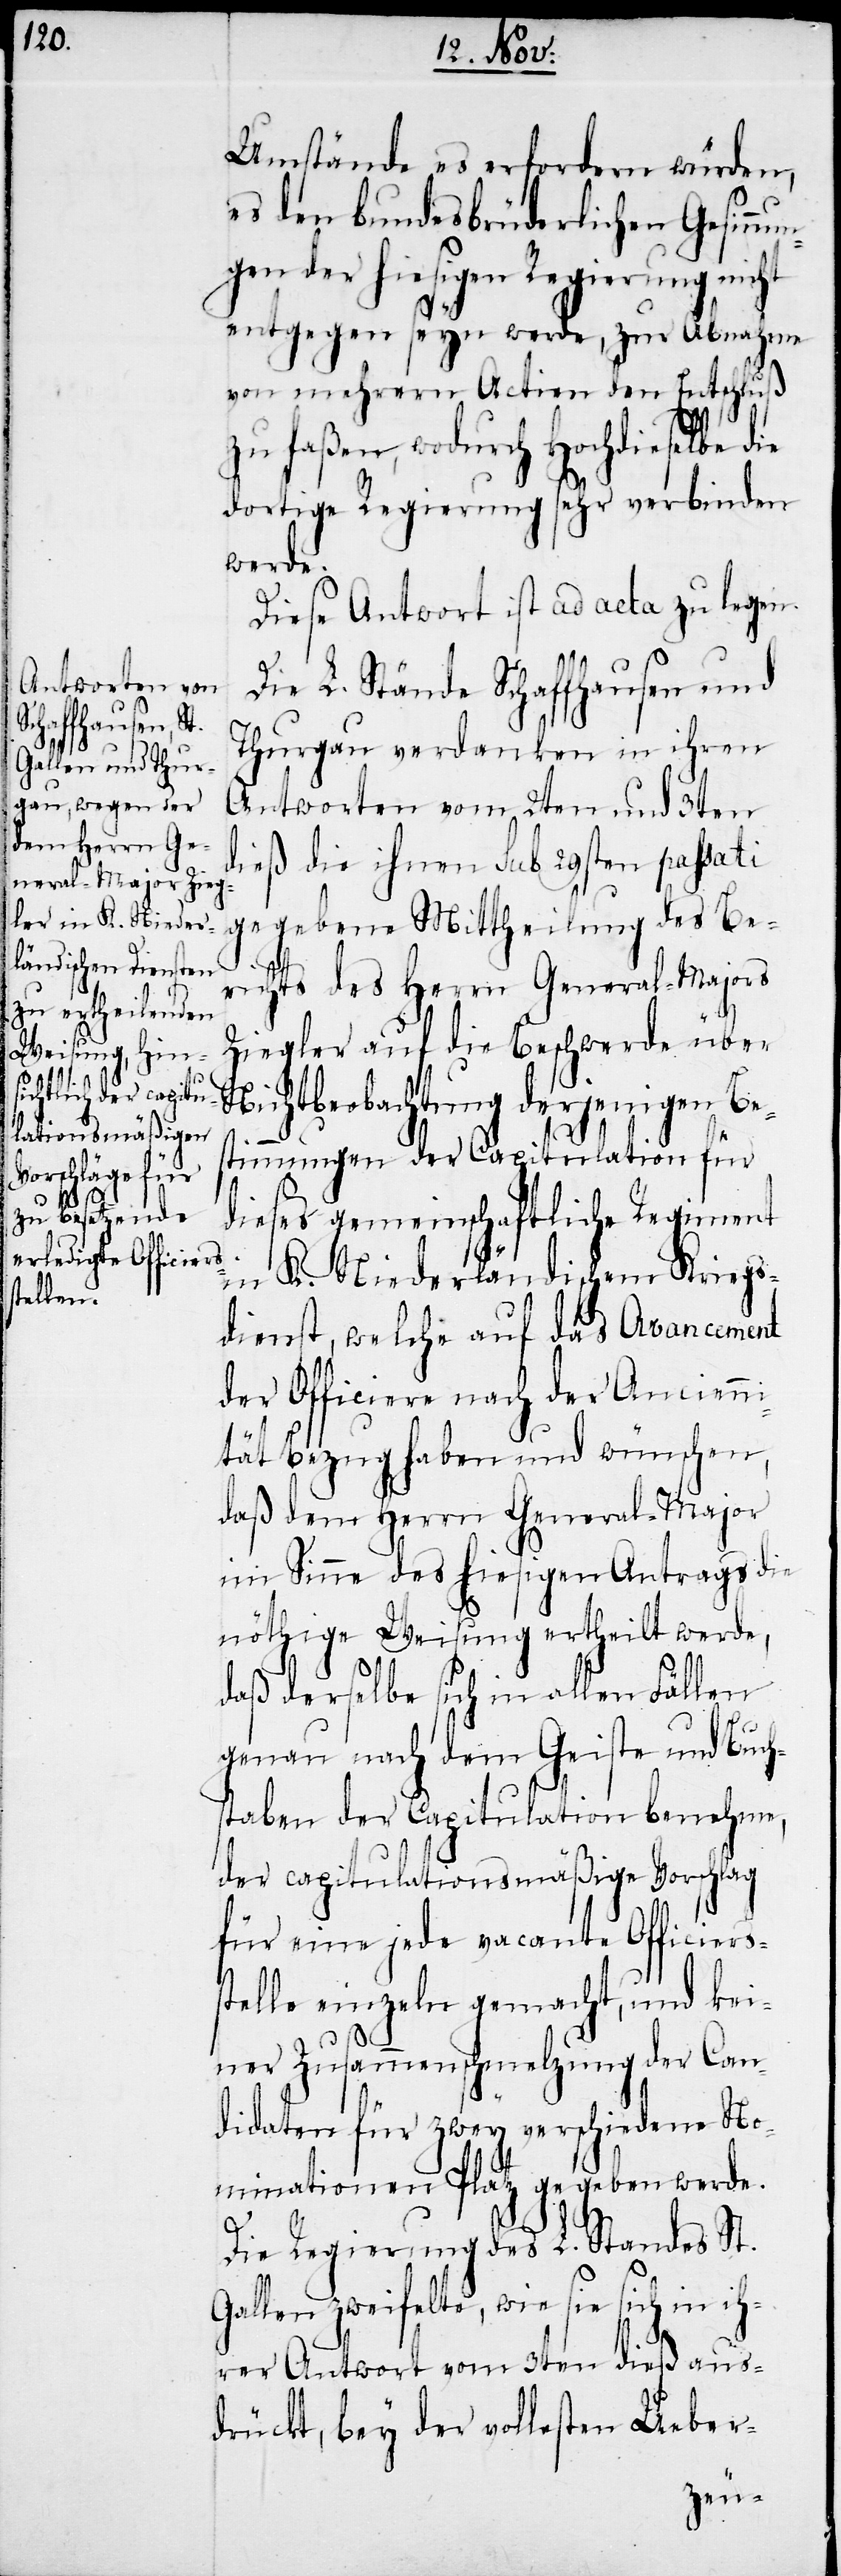
Weisung in
allen

Umstände es erfordern würden,
es den bundesbrüderlichen Gesinnu¬
ngen der hiesigen Regierung nicht
entgegen seyn werde, zur Abnahme
von mehrern Actien den Entschluß
zu faßen, wodurch Hochdieselbe die
dortige Regierung sehr verbinden
werde.
Die L. Stände Schaffhausen und
Thurgau verdanken in ihren
Antworten vom 2ten und 3ten
dieß die ihnen sub 29sten passati
gegebene Mittheilung des Be¬
richts des Herrn General-Majors
Ziegler auf die Beschwerde über
Nichtbeobachtung derjenigen Be¬
stimmungen der Capitulation für
dieses gemeinschaftliche Regiment
in K. Niederländischem Kriegs¬
dienst, welche auf das Avancement
der Officiere nach der Ancienni¬
tät Bezug haben und wünschen,
daß dem Herrn General-Major
im Sinne des hiesigen Antrags die
genau nach dem Geiste und Buch¬
staben der Capitulation benehme,
der capitulationsmäßige Vorschlag
für eine jede vacante Officiers¬
stelle einzeln gemacht, und kei¬
ner Zusammenschmelzung der Can¬
didaten für zwey verschiedene No¬
minationen Platz gegeben werde.
Die Regierung des L. Standes St.
Gallen zweifelte, wie sie sich in ih¬
rer Antwort vom 3ten dieß aus¬
drückt, bey der vollesten Ueber-